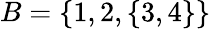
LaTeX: B=\{ 1,2,\{ 3,4\} \}